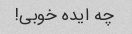
چه ایده خوبی!